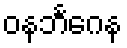
ဝနဘင်္ဂေန